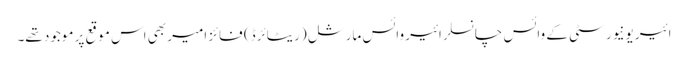
ائیر یونیورسٹی کے وائس چانسلر ائیر وائس مارشل (ریٹائرڈ) فائز امیر بھی اس موقع پر موجود تھے۔